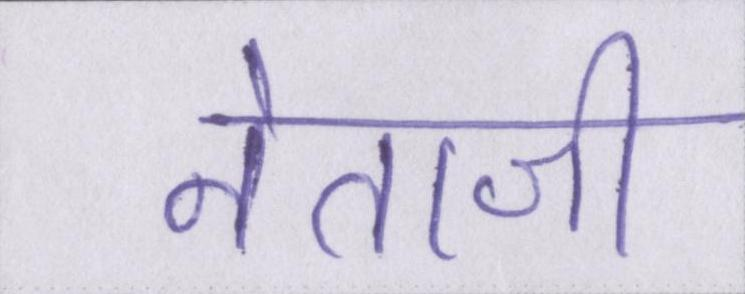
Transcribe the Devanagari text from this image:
नेताजी